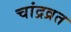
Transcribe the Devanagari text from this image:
चांद्रव्रत